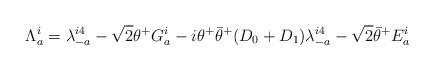
\begin{align*}\Lambda_a^i=\lambda_{-a}^{i4} -\sqrt 2 \theta^+ G_a^i-i \theta^+ {\bar \theta}^+(D_0+D_1) \lambda_{-a}^{i4} -\sqrt 2 {\bar \theta}^+ E_a^i\end{align*}